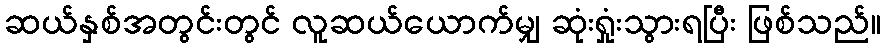
ဆယ်နှစ်အတွင်းတွင် လူဆယ်ယောက်မျှ ဆုံးရှုံးသွားရပြီး ဖြစ်သည်။